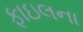
ફાઇલના